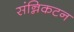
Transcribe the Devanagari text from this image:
संन्निकटन